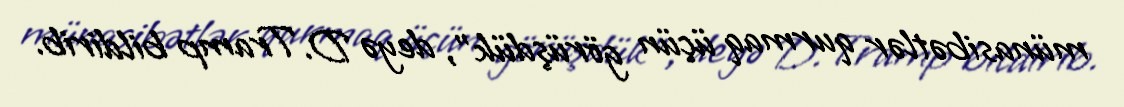
münasibətlər qurmaq üçün görüşdük”, deyə D.Tramp bildirib.